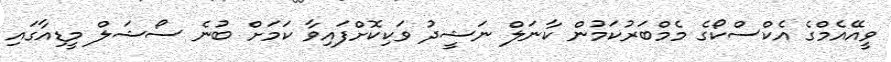
ވީއޭއެމްގެ އެކްސްކޯގެ މެމްބަރުކަމުން ކާނަލް ނަޝީދު ވަކިކޮށްފައިވާ ކަމަށް ބުނެ ސޯޝަލް މީޑިއާގައި